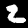
Label: 2